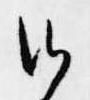
候